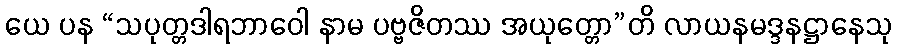
ယေ ပန “သပုတ္တဒါရဘာဝေါ နာမ ပဗ္ဗဇိတဿ အယုတ္တော”တိ လာယနမဒ္ဒနဋ္ဌာနေသု